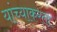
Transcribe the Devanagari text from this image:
यांच्याकरता